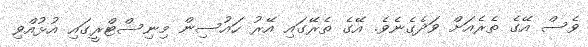
ވެސް އޭގެ ތެރެއަށް ވަދެގެނެވެ. އޭގެ ތެރޭގައި އޭރު ހައުސިން މިނިސްޓްރީގައި އުޅުއްވި